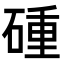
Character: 𥔧